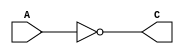
module my_not(C,A);
    output C;
    input A;
    nand output_nand(C,A,A);
endmodule